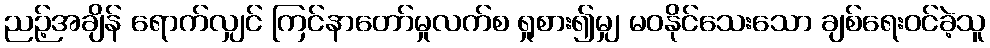
ညဉ့်အချိန် ရောက်လျှင် ကြင်နာတော်မှုလက်စ ရှုစား၍မျှ မဝနိုင်သေးသော ချစ်ရေးဝင်ခဲ့သူ